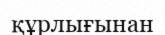
құрлығынан